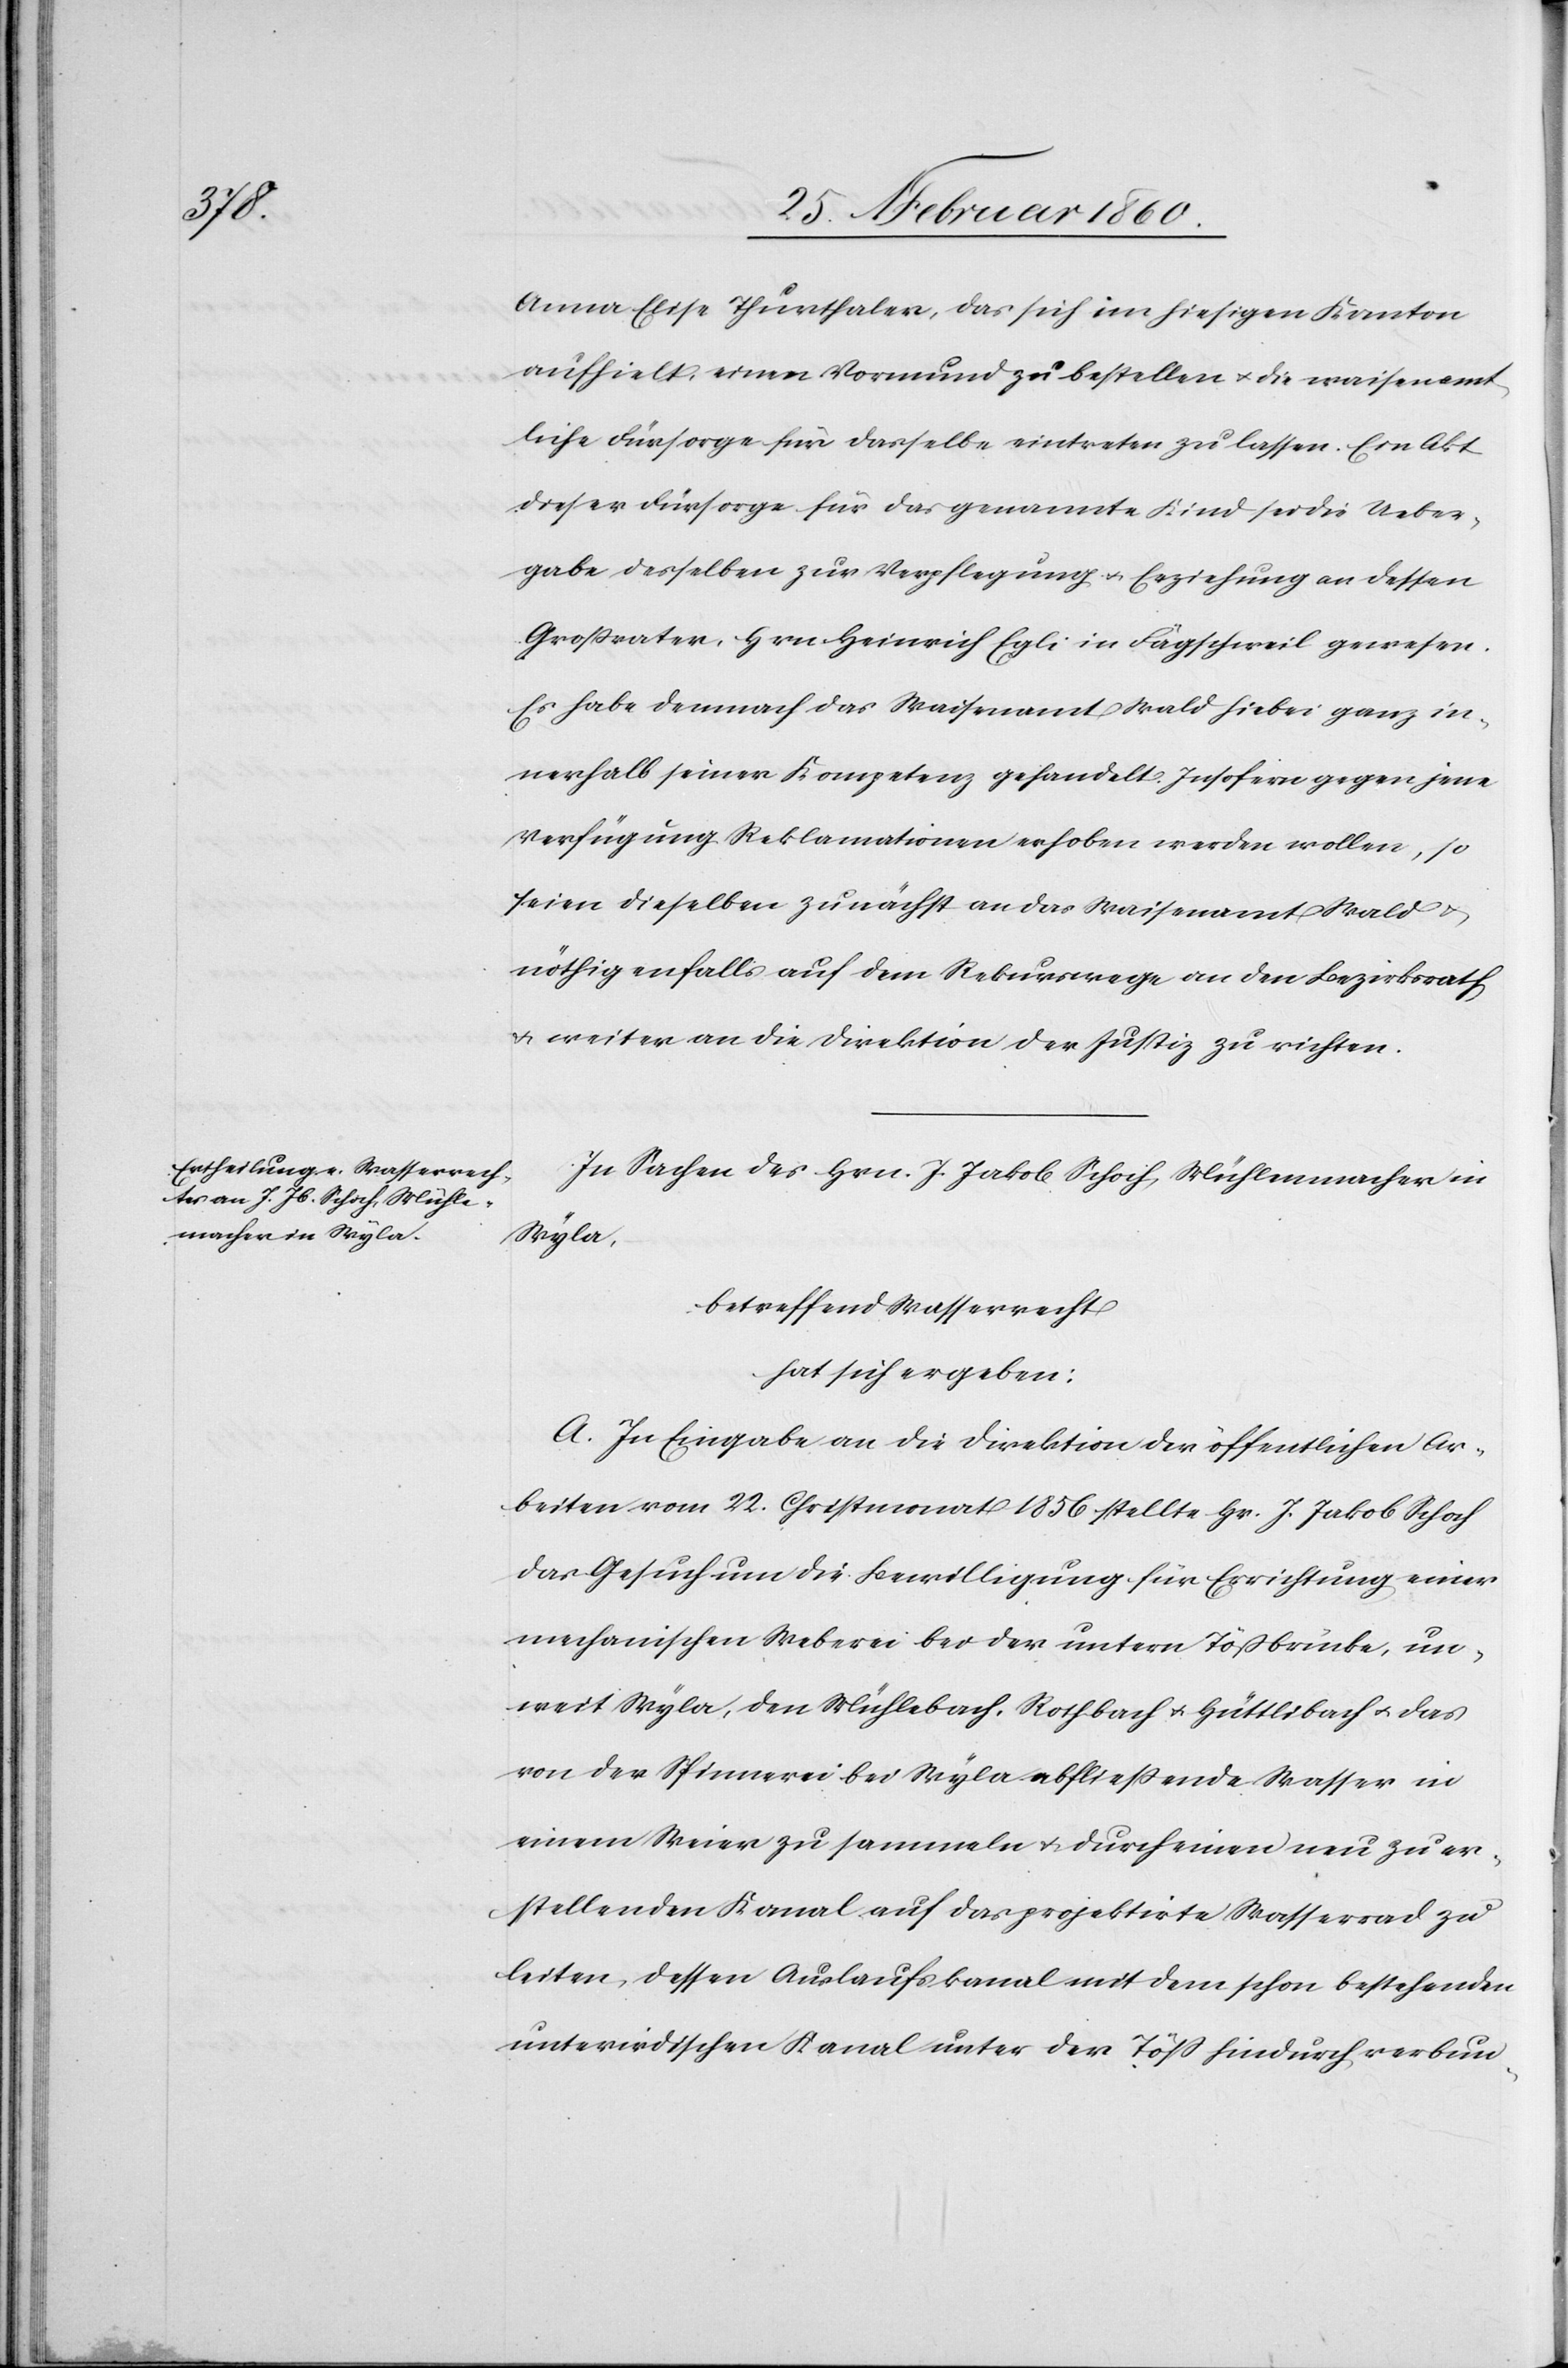
Anna Elise Thurthaler, das sich im hiesigen Kanton
aufhielt, einen Vormund zu bestellen u. die waisenamt¬
liche Fürsorge für dasselbe eintreten zu lassen. Ein Akt
dieser Fürsorge für das genannte Kind sei die Ueber¬
gabe desselben zu Verpflegung u. Erziehung an dessen
Grossvater, Hrn. Heinrich Egli in Fägschweil gewesen.
Es habe demnach das Waisenamt Wald hiebei ganz in¬
nerhalb seiner Kompetenz gehandelt. Insofern gegen jene
Verfügung Reklamationen erhoben werden wollen, so
seien dieselben zunächst an das Waisenamt Wald u.
nöthigenfalls auf dem Rekurswege an den Bezirksrath
u. weiter an die Direktion der Justiz zu richten.
In Sachen des Hrn. J. Jakob Schoch, Mühlemacher in
Wyla
betreffend Wasserrecht
hat sich ergeben:
A. In Eingabe an die Direktion der öffentlichen Ar¬
beiten vom 22. Christmonat 1856 stellt Hr. J. Jakob Schoch
das Gesuch um die Bewilligung für Errichtung einer
mechanischen Weberei bei der untern Tössbrücke, un¬
weit Wyla, den Mühlebach, Rothbach u. Hüttlibach u. das
von der Spinnerei bei Wyla abfließende Wasser in
einem Weier zu sammeln u. durch einen neu zu er¬
stellenden Kanal auf das projektirte Wasserrad zu
leiten, dessen Auslaufskanal mit dem schon bestehenden
unterirdischen Kanal unter der Töss hindurch verbun-